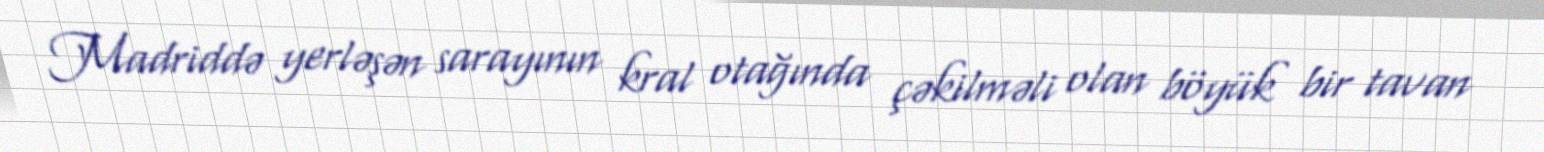
Madriddə yerləşən sarayının kral otağında çəkilməli olan böyük bir tavan